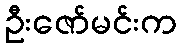
ဦးဇော်မင်းက